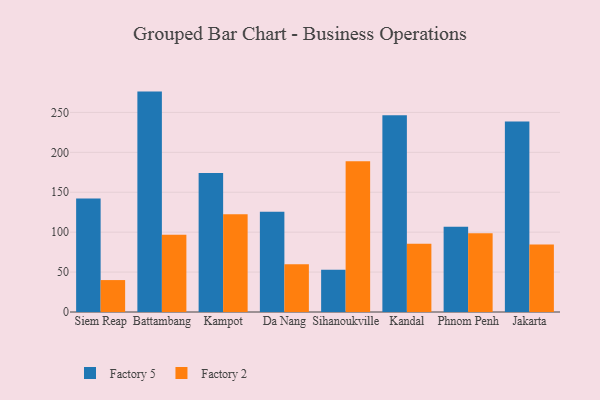
{"axis": {"x": "City", "y": "Revenue (USD Million)"}, "legend": ["Factory 2", "Factory 5"], "data": [{"x": "Siem Reap", "y": 142.2, "type": "Factory 5"}, {"x": "Siem Reap", "y": 40.0, "type": "Factory 2"}, {"x": "Battambang", "y": 276.1, "type": "Factory 5"}, {"x": "Battambang", "y": 96.7, "type": "Factory 2"}, {"x": "Kampot", "y": 174.2, "type": "Factory 5"}, {"x": "Kampot", "y": 122.4, "type": "Factory 2"}, {"x": "Da Nang", "y": 125.6, "type": "Factory 5"}, {"x": "Da Nang", "y": 59.7, "type": "Factory 2"}, {"x": "Sihanoukville", "y": 52.9, "type": "Factory 5"}, {"x": "Sihanoukville", "y": 188.7, "type": "Factory 2"}, {"x": "Kandal", "y": 246.5, "type": "Factory 5"}, {"x": "Kandal", "y": 85.4, "type": "Factory 2"}, {"x": "Phnom Penh", "y": 106.8, "type": "Factory 5"}, {"x": "Phnom Penh", "y": 98.5, "type": "Factory 2"}, {"x": "Jakarta", "y": 238.5, "type": "Factory 5"}, {"x": "Jakarta", "y": 84.6, "type": "Factory 2"}]}